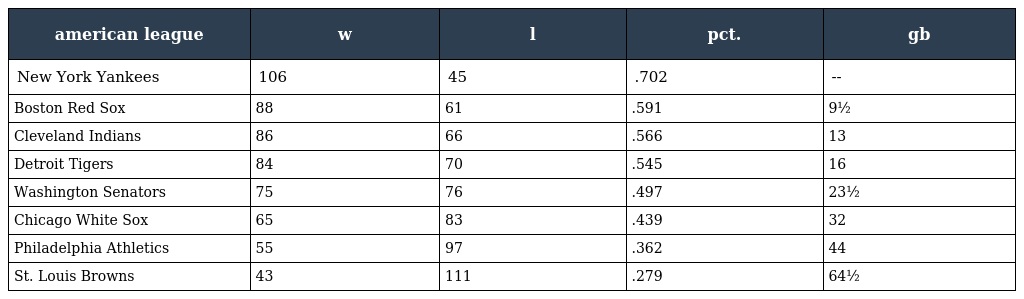
| american league | w | l | pct. | gb |
 | --- | --- | --- | --- | --- |
 | New York Yankees | 106 | 45 | .702 | -- |
 | Boston Red Sox | 88 | 61 | .591 | 9½ |
 | Cleveland Indians | 86 | 66 | .566 | 13 |
 | Detroit Tigers | 84 | 70 | .545 | 16 |
 | Washington Senators | 75 | 76 | .497 | 23½ |
 | Chicago White Sox | 65 | 83 | .439 | 32 |
 | Philadelphia Athletics | 55 | 97 | .362 | 44 |
 | St. Louis Browns | 43 | 111 | .279 | 64½ |